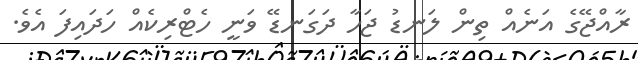
ރާއްޖޭގެ އަނެއް ތިން ލަނޑު ޖަހާ ދަގަނޑޭ ވަނީ ހެޓްރިކެއް ހަަދައިފަ އެވެ.